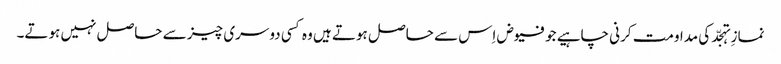
نمازِ تہجّد کی مداومت کرنی چاہیے جو فیوض اِس سے حاصل ہوتے ہیں وہ کسی دوسری چیز سے حاصل نہیں ہوتے۔